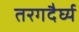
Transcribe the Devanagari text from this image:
तरगदैर्घ्य